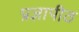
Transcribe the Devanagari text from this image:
प्रज्ञापीठ